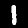
Digit: 1